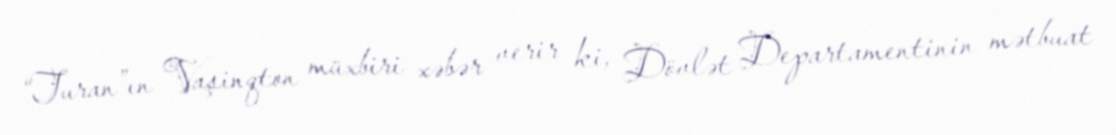
“Turan”ın Vaşinqton müxbiri xəbər verir ki, Dövlət Departamentinin mətbuat